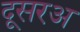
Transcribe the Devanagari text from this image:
दूसरअ